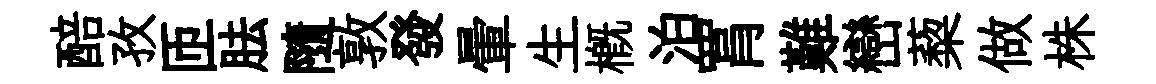
醅孜匝胠隨敦發暈生槪泊罥難巒蔾做株